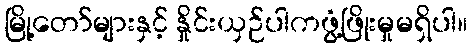
မြို့တော်များနှင့် နှိုင်းယှဉ်ပါကဖွံ့ဖြိုးမှုမရှိပါ။